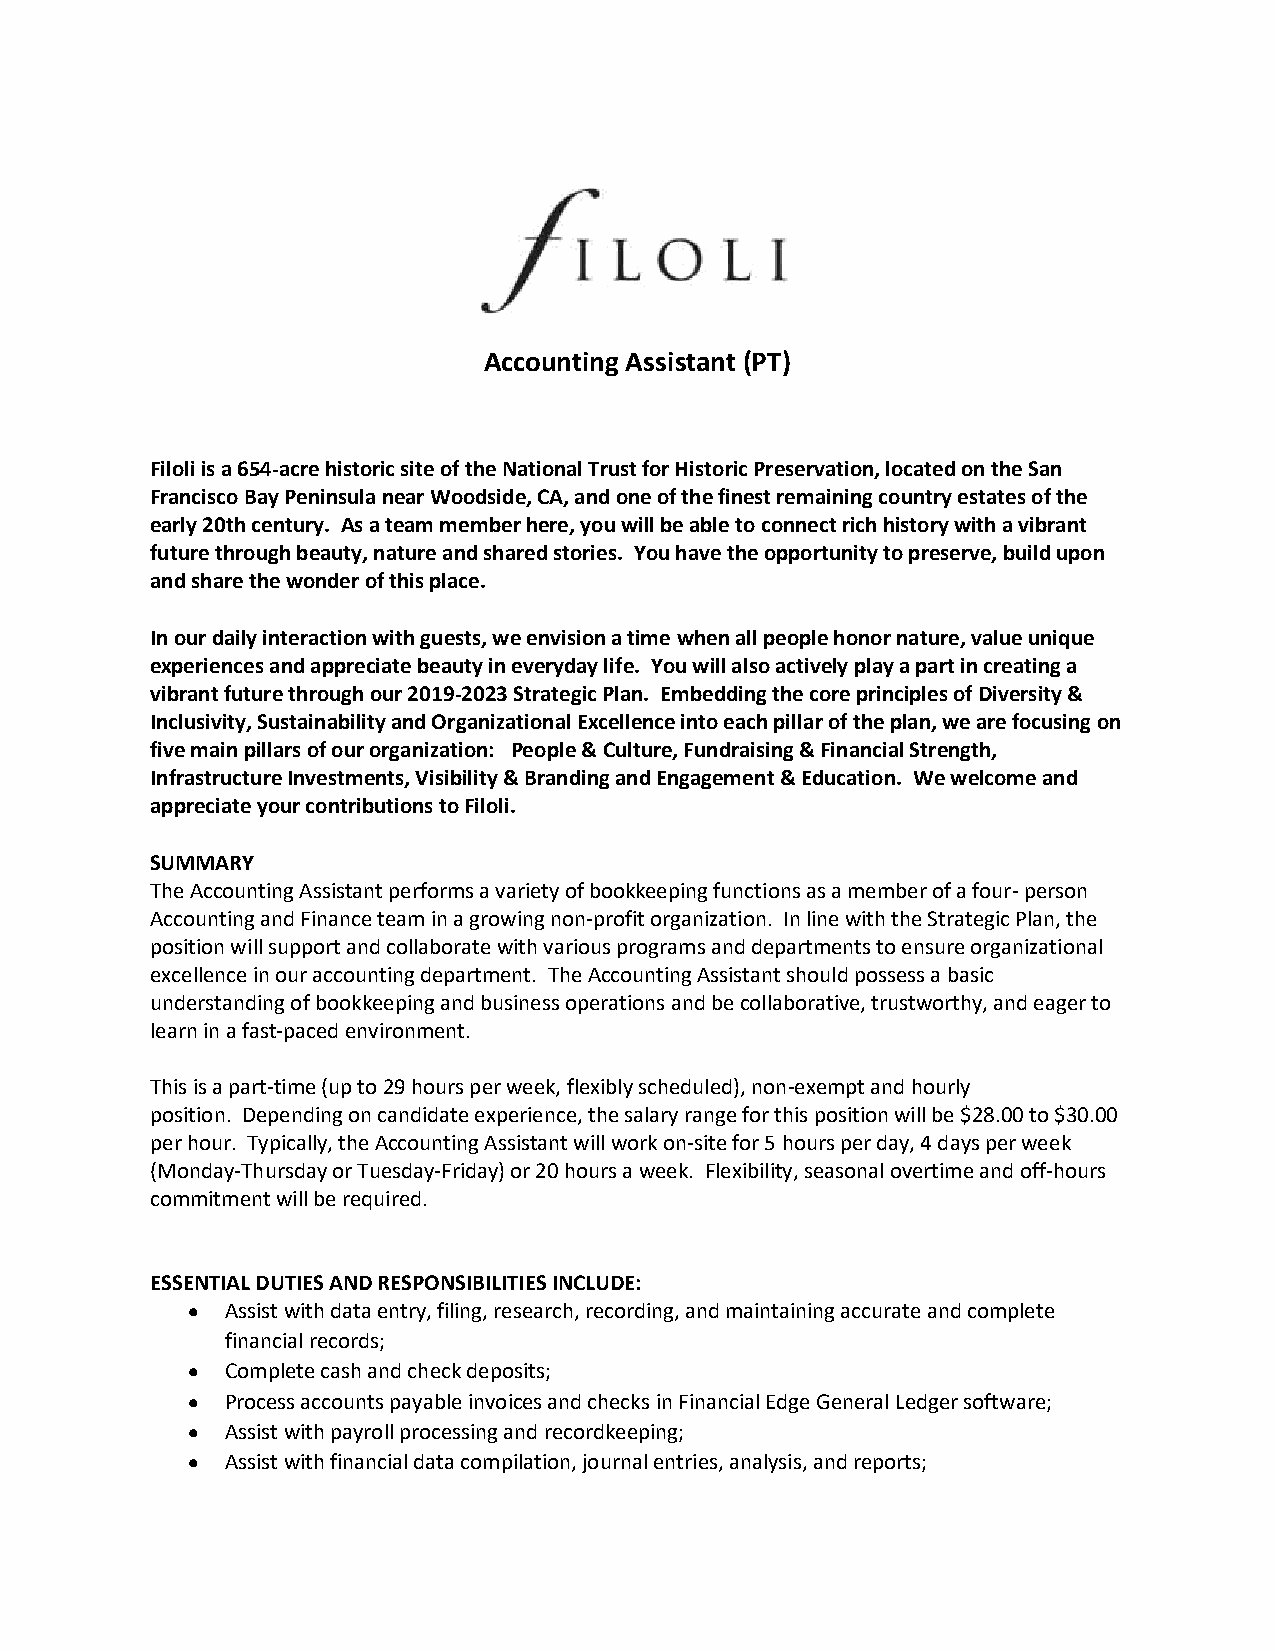
Accounting Assistant (PT)
 Filoli is a 654-acre historic site of the National Trust for Historic Preservation, located on the San
 Francisco Bay Peninsula near Woodside, CA, and one of the finest remaining country estates of the
 early 20th century. As a team member here, you will be able to connect rich history with a vibrant
 future through beauty, nature and shared stories. You have the opportunity to preserve, build upon
 and share the wonder of this place.
 In our daily interaction with guests, we envision a time when all people honor nature, value unique
 experiences and appreciate beauty in everyday life. You will also actively play a part in creating a
 vibrant future through our 2019-2023 Strategic Plan. Embedding the core principles of Diversity &
 Inclusivity, Sustainability and Organizational Excellence into each pillar of the plan, we are focusing on
 five main pillars of our organization: People & Culture, Fundraising & Financial Strength,
 Infrastructure Investments, Visibility & Branding and Engagement & Education. We welcome and
 appreciate your contributions to Filoli.
 SUMMARY
 The Accounting Assistant performs a variety of bookkeeping functions as a member of a four- person
 Accounting and Finance team in a growing non-profit organization. In line with the Strategic Plan, the
 position will support and collaborate with various programs and departments to ensure organizational
 excellence in our accounting department. The Accounting Assistant should possess a basic
 understanding of bookkeeping and business operations and be collaborative, trustworthy, and eager to
 learn in a fast-paced environment.
 This is a part-time (up to 29 hours per week, flexibly scheduled), non-exempt and hourly
 position. Depending on candidate experience, the salary range for this position will be $28.00 to $30.00
 per hour. Typically, the Accounting Assistant will work on-site for 5 hours per day, 4 days per week
 (Monday-Thursday or Tuesday-Friday) or 20 hours a week. Flexibility, seasonal overtime and off-hours
 commitment will be required.
 ESSENTIAL DUTIES AND RESPONSIBILITIES INCLUDE:
   Assist with data entry, filing, research, recording, and maintaining accurate and complete
 financial records;
   Complete cash and check deposits;
   Process accounts payable invoices and checks in Financial Edge General Ledger software;
   Assist with payroll processing and recordkeeping;
   Assist with financial data compilation, journal entries, analysis, and reports;